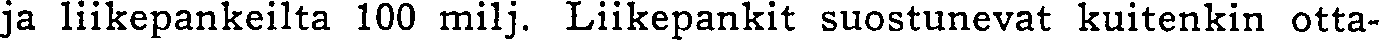
ja liikepankeilta 100 milj. Liikepankit suostunevat kuitenkin otta-